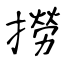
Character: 撈